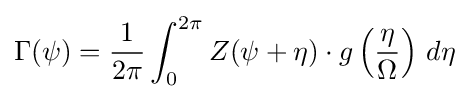
\Gamma (\psi )={\frac {1}{2\pi }}\int _{0}^{2\pi }Z(\psi +\eta )\cdot g\left({\frac {\eta }{\Omega }}\right)\,d\eta